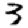
Digit: 3